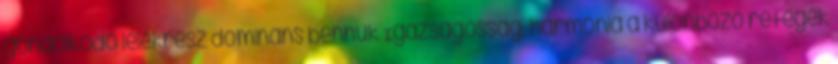
gondolkodó lélekrész domináns bennük Igazságosság: harmónia a különböző rétegek